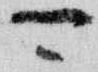
可